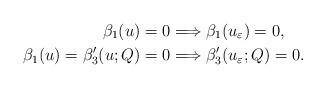
LaTeX: \begin{align*} \beta_1(u) = 0 & \Longrightarrow \beta_1(u_{\varepsilon}) = 0, \\ \beta_1(u) = \beta'_3(u; Q) = 0 & \Longrightarrow \beta'_3(u_{\varepsilon}; Q) = 0. \end{align*}